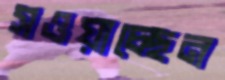
সওয়াচ্ছেন